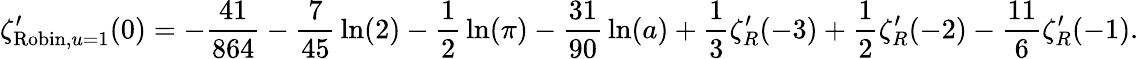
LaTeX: \zeta_{{\mathrm{Robin}},u=1}^{\prime}(0)=-{\frac{41}{864}}-{\frac{7}{45}}\ln(2)-{\frac{1}{2}}\ln(\pi)-{\frac{31}{90}}\ln(a)+{\frac{1}{3}}\zeta_{R}^{\prime}(-3)+{\frac{1}{2}}\zeta_{R}^{\prime}(-2)-{\frac{11}{6}}\zeta_{R}^{\prime}(-1).